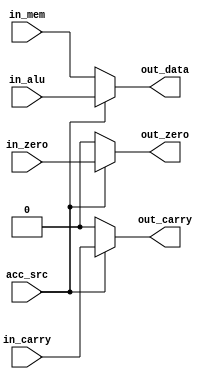
module mux_alu_8bit(acc_src,in_carry,in_zero,in_alu,in_mem,out_data,out_carry,out_zero);
	input acc_src,in_carry,in_zero;
	input [7:0]in_alu,in_mem;
	output [7:0]out_data;
	output out_carry,out_zero;
	
	assign out_zero = acc_src ? in_zero : 1'b0;
	assign out_data = acc_src ? in_alu : in_mem;
	assign out_carry = acc_src ? in_carry : 1'b0;	
/*always@(*)begin
    case(acc_src)
		0:begin 
			out_zero <= 0;
			out_data <=in_mem;
			out_carry <=0;
		end
		1:begin
			out_zero <= in_zero;
			out_data <=in_alu;
			out_carry <=in_carry ;
		end
		default:begin
			out_zero <= 0;
			out_data <=8'h00;
			out_carry <=0;
		end
	endcase

end
*/
endmodule